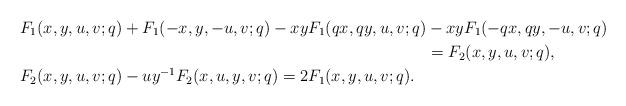
LaTeX: \begin{align*}&F_1(x,y,u,v;q)+F_1(-x,y,-u,v;q)-xy F_1(qx,qy,u,v;q)-xy F_1(-qx,qy,-u,v;q)\\&\qquad\qquad\qquad\qquad\qquad\qquad\qquad\qquad\qquad\qquad\qquad\qquad\quad=F_2(x,y,u,v;q),\\&F_2(x,y,u,v;q)-uy^{-1} F_2(x,u,y,v;q)=2F_1(x,y,u,v;q).\end{align*}